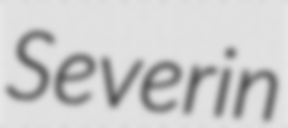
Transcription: Severin